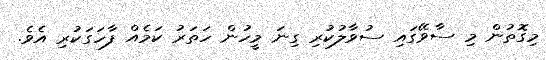
މިގޮތުން މި ސާވޭގައި ސުވާލުކުރި ގިނަ މީހުން ހަތަރު ކަމެއް ފާހަގަކުރި އެވެ.